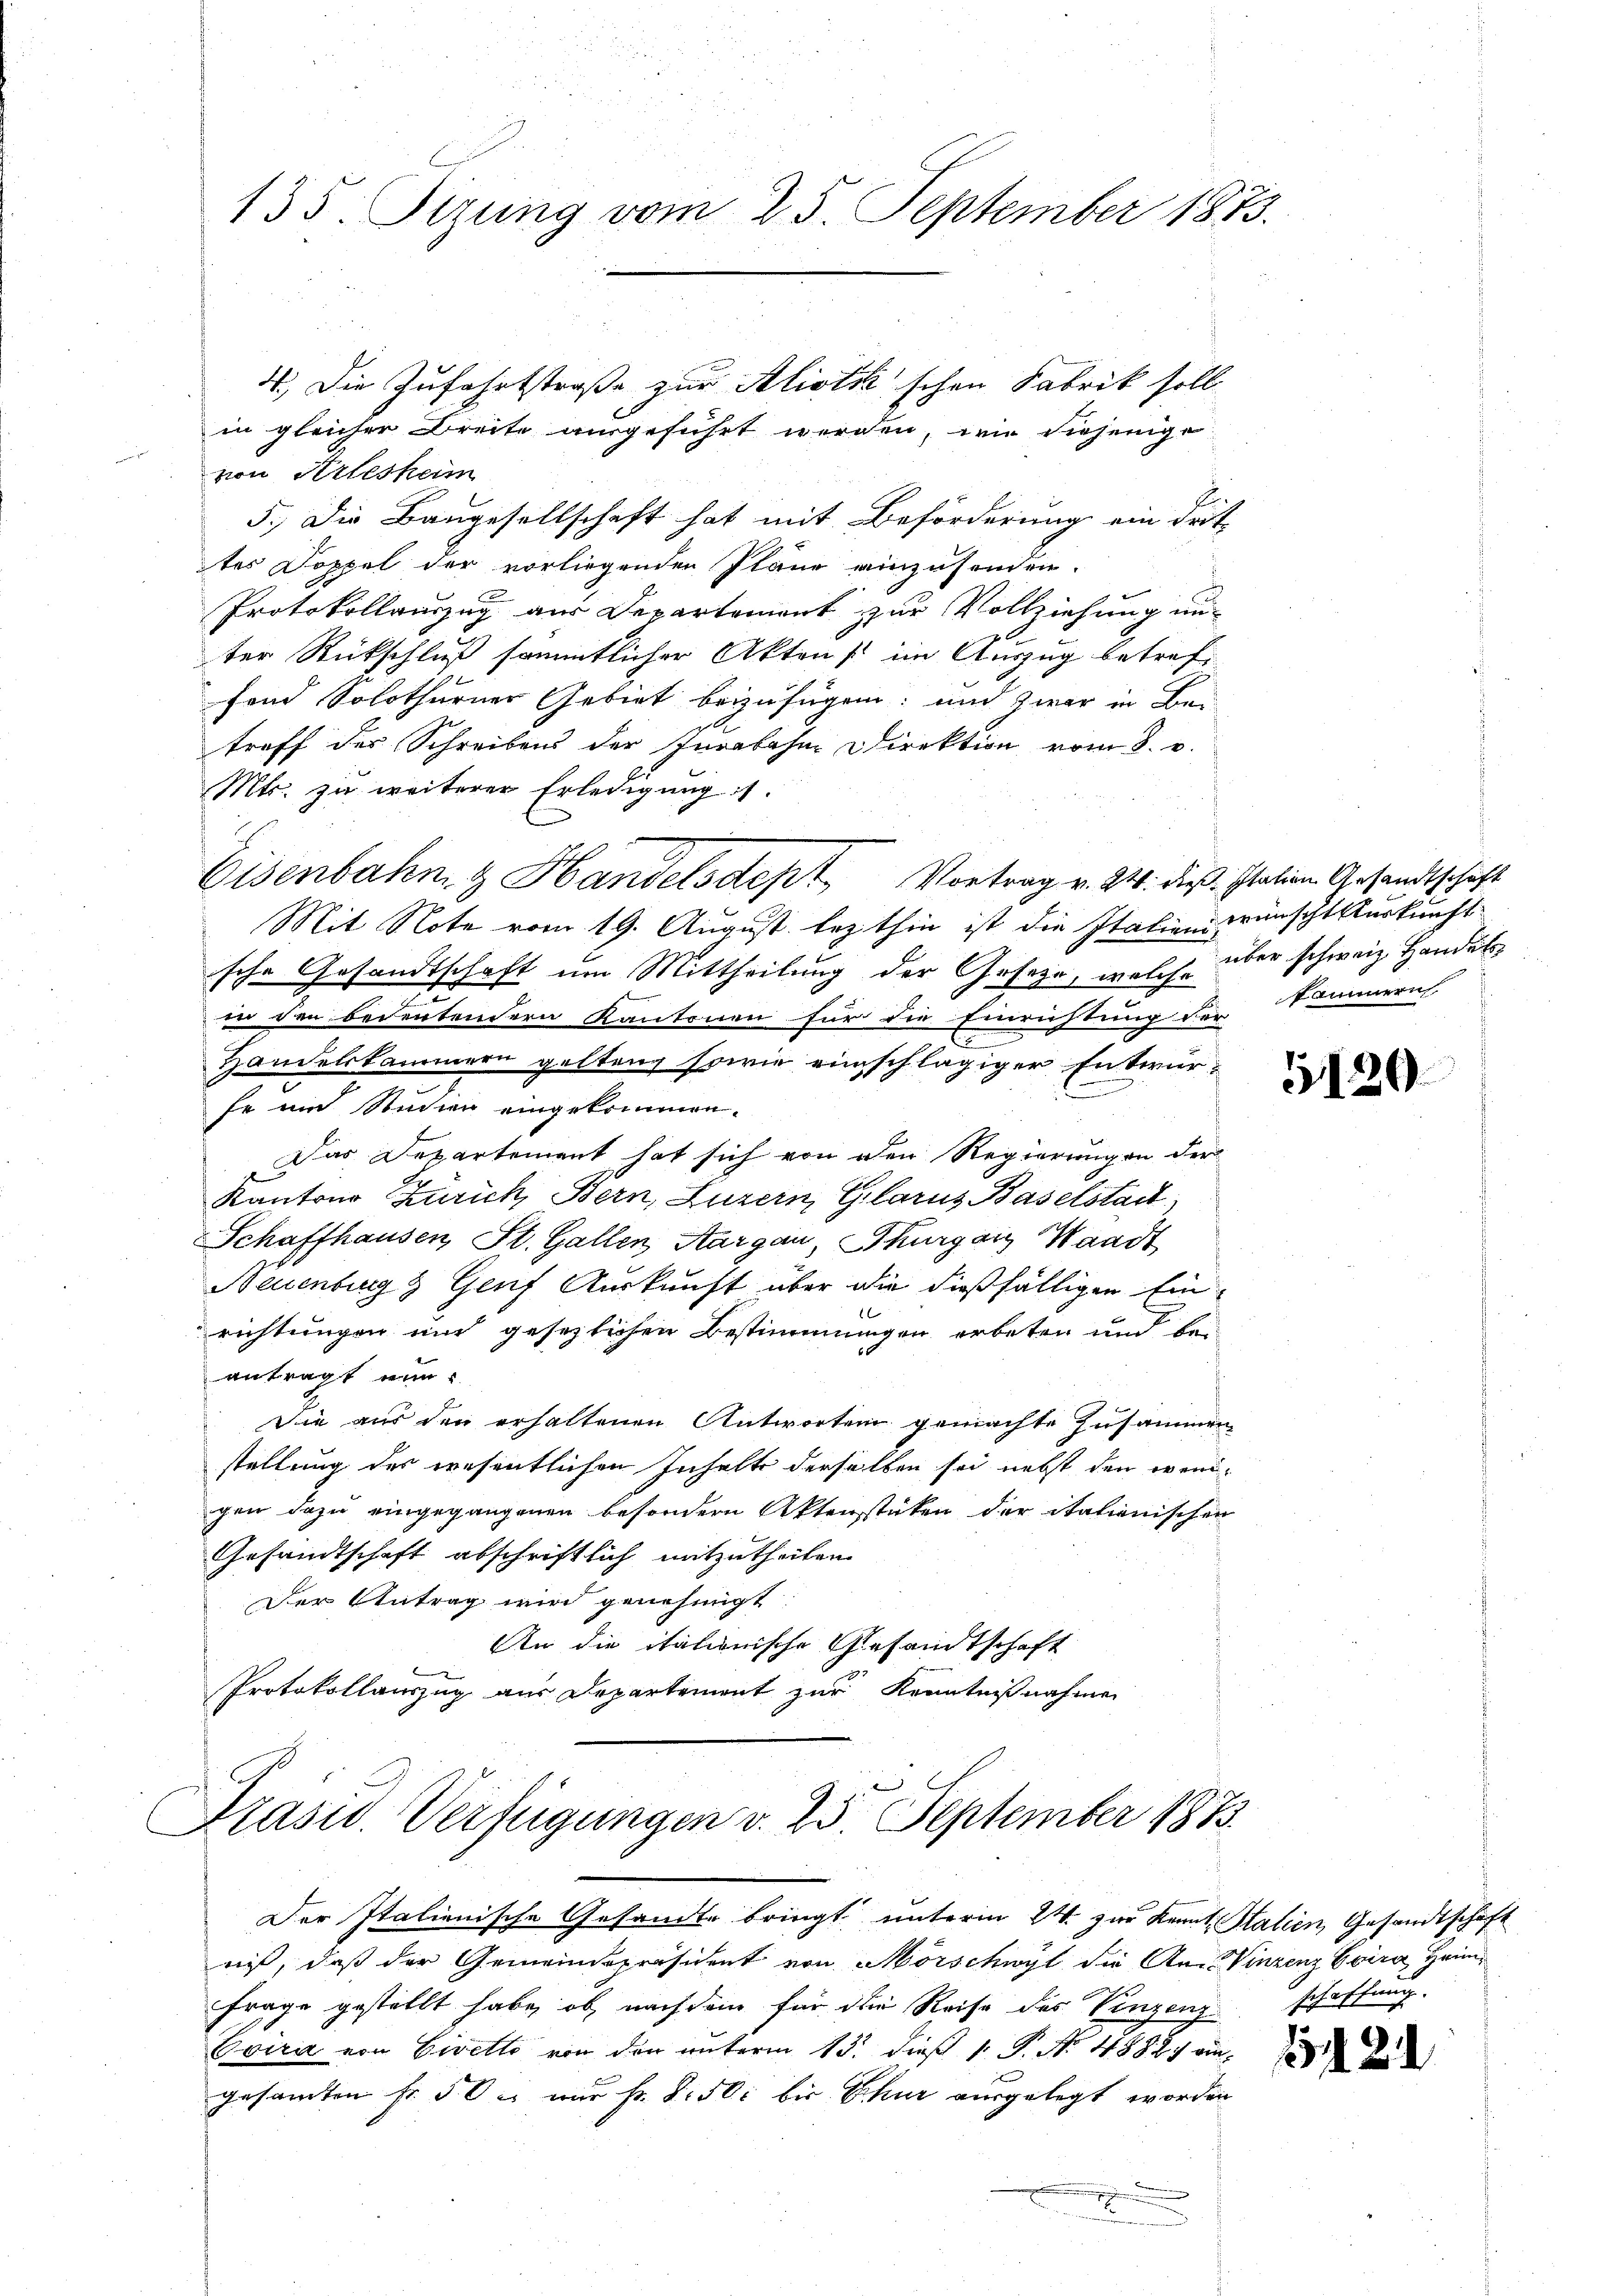
135. Tizung vom 25. September 1873.

von Arlesheim
5.) Die Baugesellschaft hat mit Beförderung ein Drit-
tes Doppel der vorliegenden Pläne einzusenden.
Protokollauszug aus Departement zur Vollziehung un-
ter Rückschluß sämmtlicher Aktens im Auszug betreffend Solothurner Gebiet beizufügen; und zwar in Bei
treff des Schreibens der Invabahn Direktion vom 8. d.
Mts. zu weiterer Erledigung s.
Mit Note vom 19. August lezthin ist die Italien wünschtsurkunft
sche Gesandtschaft um Mittheilung der Gesetze, welche
in den bedeutendern Kantonen für die Einrichtung der
Handelskammern gelten sowie einschlägiger Entwurfe und Studien eingekommen.
Das Departement hat sich von den Regierungen der
Kantons Zürich, Bern, Luzern, Glarus Baselstadt
Schaffhausen, St. Gallen, Aargau, Thurganz Waadt
Neuenburg & Genf Auskunft über die dießfälligen Einl
richtungen und gesezlichen Bestimmungen erbeten und beantragt nun
Die aus den erhaltenen Antworten gemachte Zusammen
stellung des wesentlichen Inhalte derselben sei nebst den wenigen dazu eingegangenen besondern Aktenstäten der italienischen
Gesandtschaft abschriftlich mitzutheilen.
Der Antrag wird genehmigt.
An die italienische Gesandtschaft
Protokollauszug aus Departement zur Kenntnißnahmen
Prasis. Verfügungen v. 25. September 1873.
Der Italienische Gesandte bringt unterm 24. zur Kennt, Stalien, Gesandtschaft
niß, daß der Gemeindspräsident von Mörschwyl die An- Vinzenz Evira Heim¬
Frage gestellt habe, ob, nachdem für die Reise des Vinzenz schaffung.
Evira von Giretto von den unterm 13. dieß P. Nr. 4882 ein
gesamten Fr. 50c nur Fr. S. 50. bis Schur ausgelegt worden
d
.

4., Die Zufahrtstraße zur Aliotk'schen Fabrik soll
in gleicher Breite ausgeführt werden, wie diejenige

Eisenbahn & Handelsdept, Vortrag v. 24. dieß station Gesandtschaft

über schweiz. Handels
fammern

5120.

12